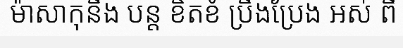
ម៉ាសាកុនឹង បន្ត ខិតខំ ប្រឹងប្រែង អស់ ពី